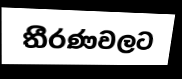
තීරණවලට